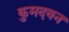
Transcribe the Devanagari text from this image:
कुमदवन